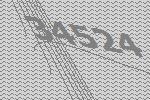
34524